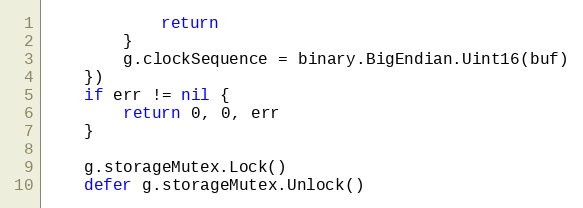
Language: Go
			return
		}
		g.clockSequence = binary.BigEndian.Uint16(buf)
	})
	if err != nil {
		return 0, 0, err
	}

	g.storageMutex.Lock()
	defer g.storageMutex.Unlock()